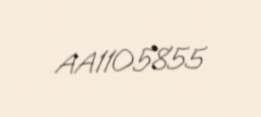
AA1105855